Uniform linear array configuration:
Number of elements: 16
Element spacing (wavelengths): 0.75
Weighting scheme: hamming
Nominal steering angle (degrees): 45
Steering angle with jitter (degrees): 43.339
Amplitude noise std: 0.05
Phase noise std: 0.05

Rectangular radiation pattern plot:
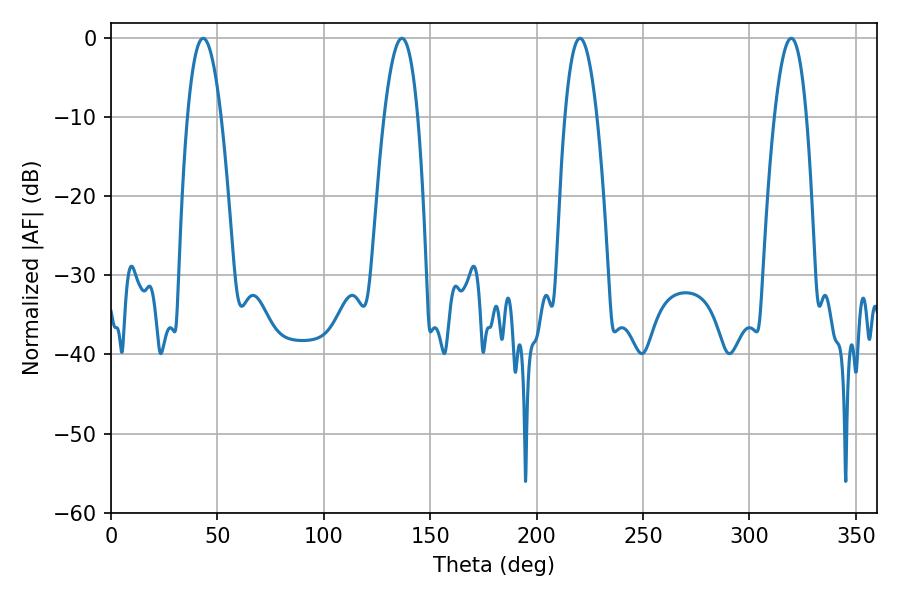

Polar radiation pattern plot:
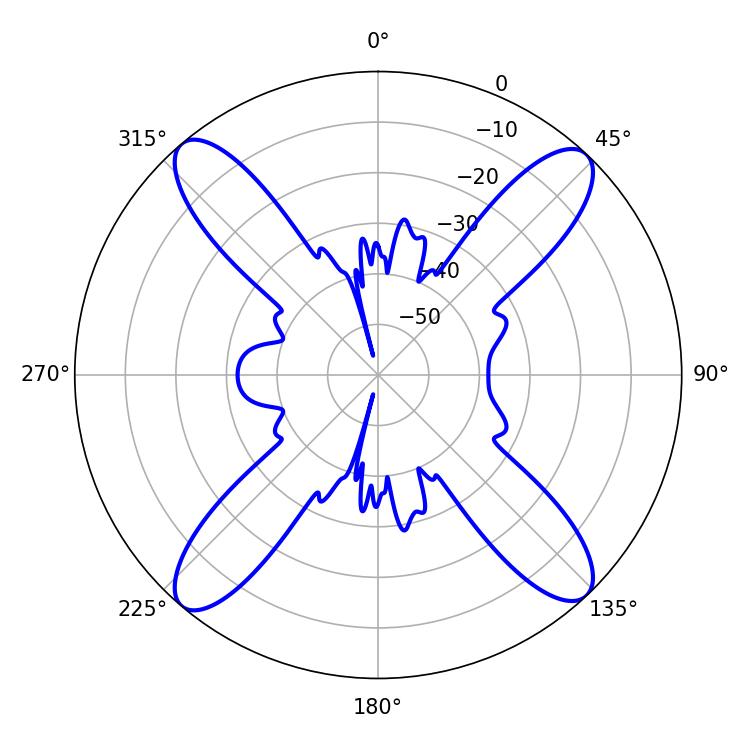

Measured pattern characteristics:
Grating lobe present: TRUE
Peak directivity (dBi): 19.484
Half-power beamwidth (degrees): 8.28
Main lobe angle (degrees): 220.32